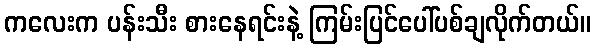
ကလေးက ပန်းသီး စားနေရင်းနဲ့ ကြမ်းပြင်ပေါ်ပစ်ချလိုက်တယ်။